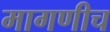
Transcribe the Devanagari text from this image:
मागणीच